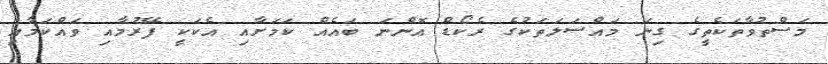
މަސްތުވާތަކެތީގެ ގިނަ މައްސަލަތަކުގެ ރެކޯޑް އޮންނަ ބައެއް ކަމަށާއި އެކަކީ ފޭރުމާއި ވައްކަމާއި